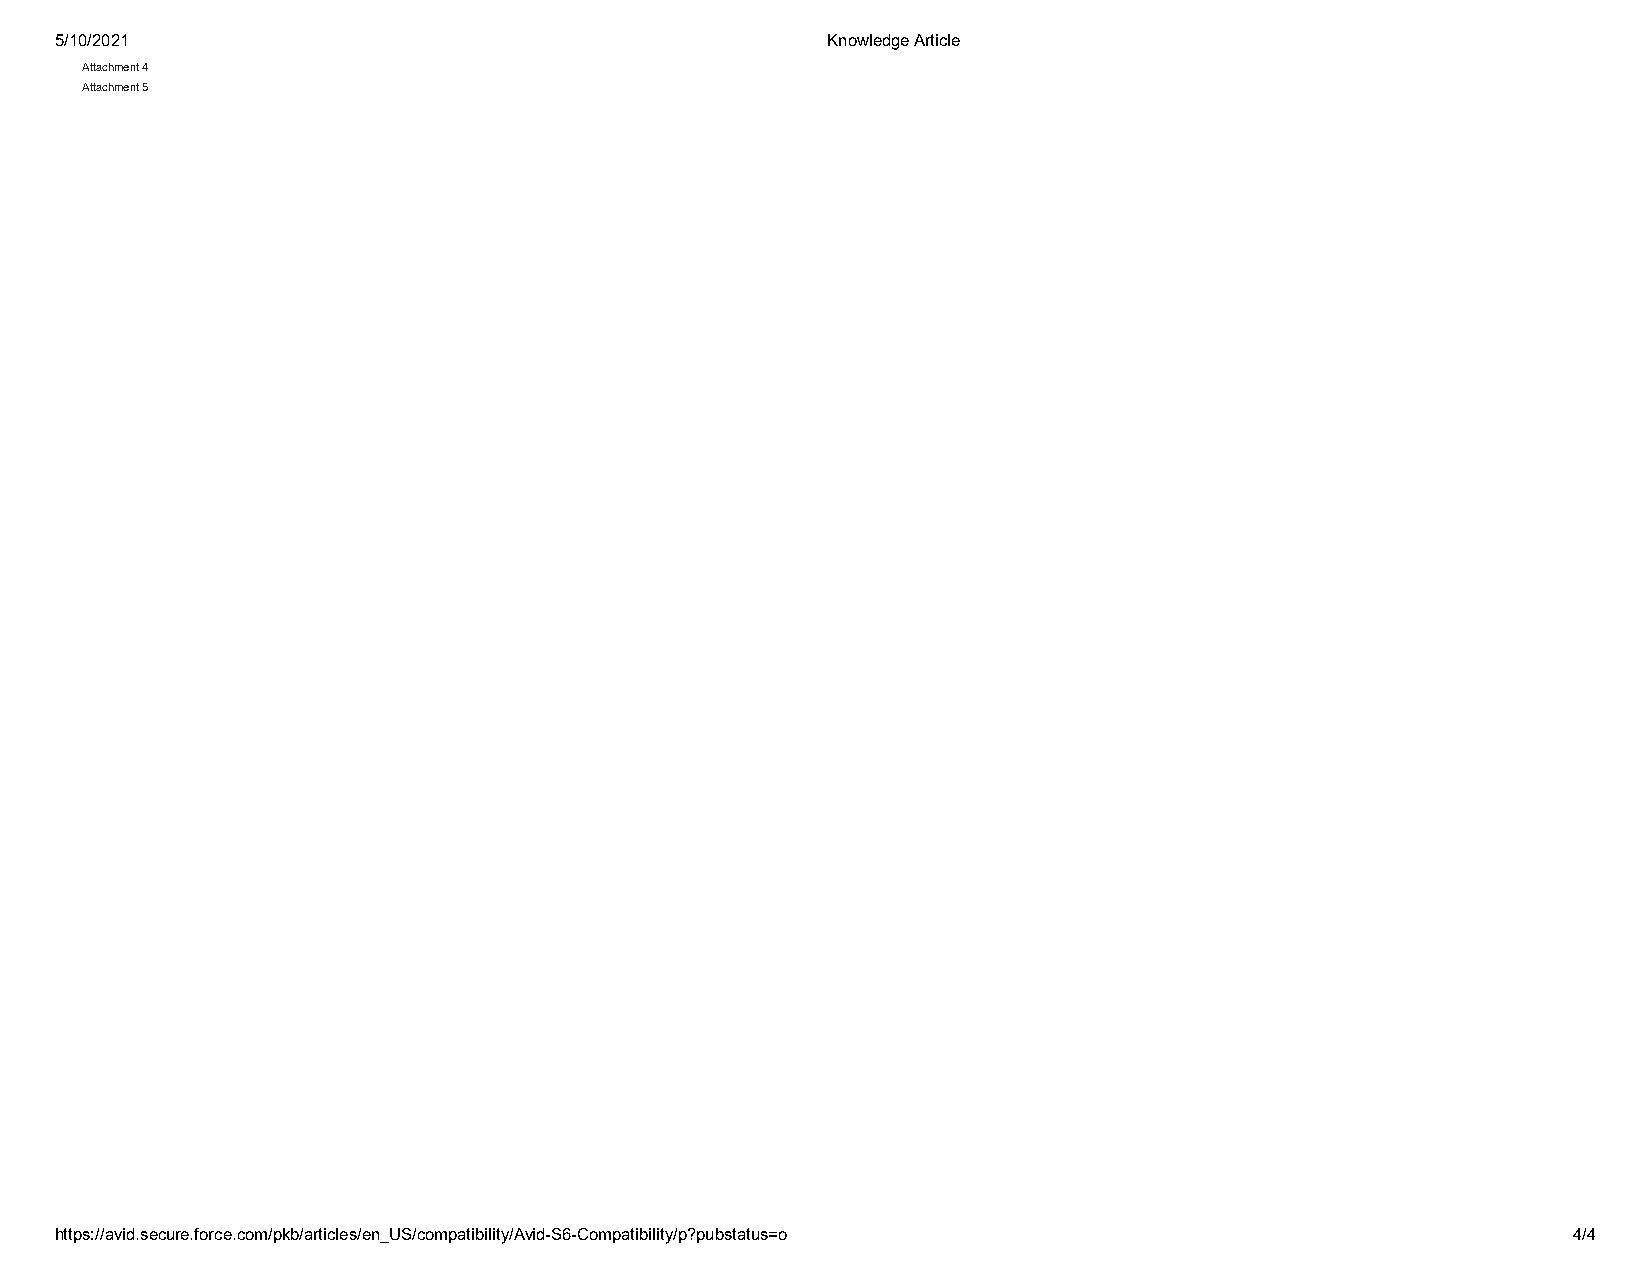
5/10/2021                                          Knowledge Article
 Attachment 4
 Attachment 5
 https://avid.secure.force.com/pkb/articles/en_US/compatibility/Avid-S6-Compatibility/p?pubstatus=o  4/4